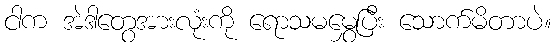
ငါက အဲဒါတွေအားလုံးကို ရောသမမွှေပြီး သောက်မိတာပဲ။